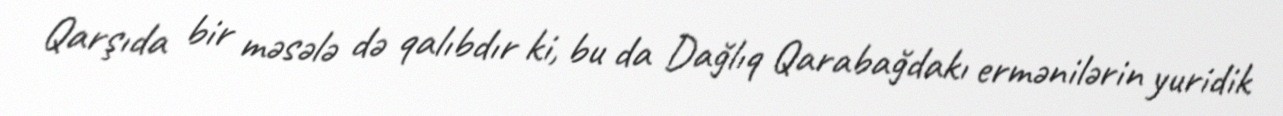
Qarşıda bir məsələ də qalıbdır ki, bu da Dağlıq Qarabağdakı ermənilərin yuridik